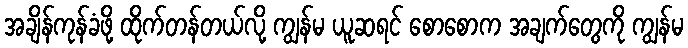
အချိန်ကုန်ခံဖို့ ထိုက်တန်တယ်လို့ ကျွန်မ ယူဆရင် စောစောက အချက်တွေကို ကျွန်မ